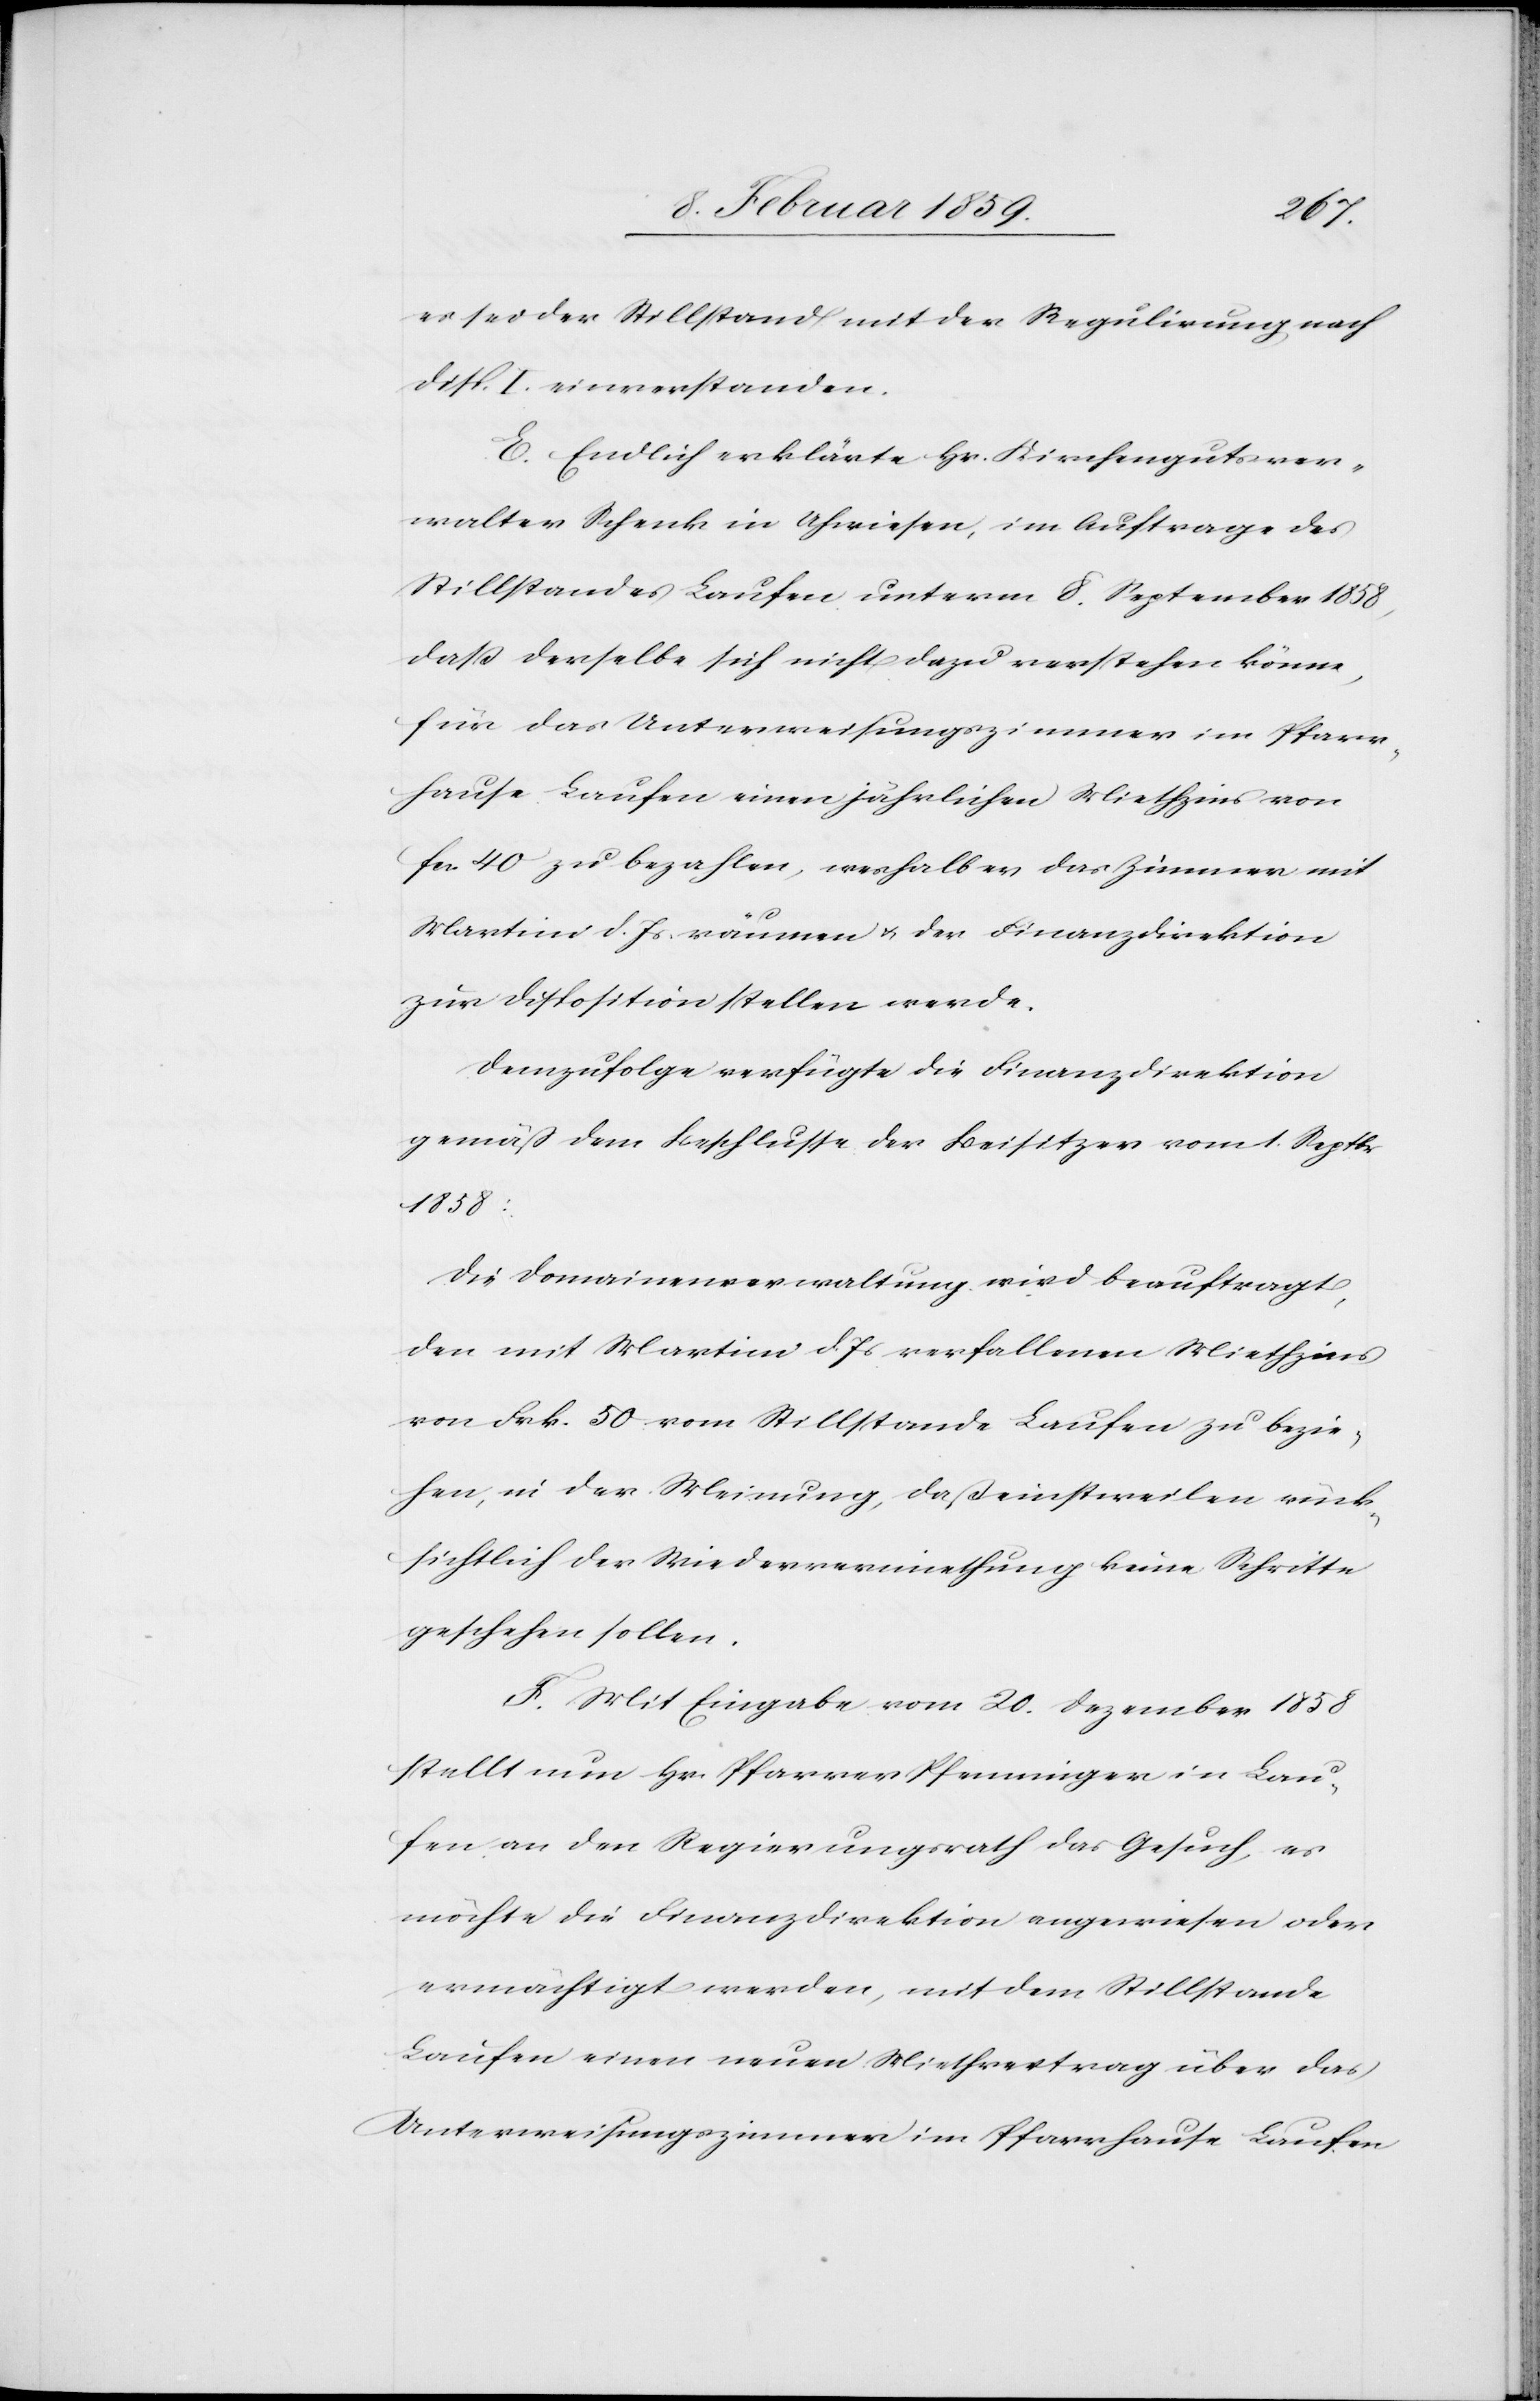
es sei der Stillstand mit der Regulirung nach
disp. I. einverstanden.
E. Endlich erklärte Hr. Kirchengutsver¬
walter Schenk in Uhwiesen, im Auftrage des
Stillstandes Laufen unterm 8. September 1858,
daß derselbe sich nicht dazu verstehen könne,
für das Unterweisungszimmer im Pfarr¬
hause Laufen einen jährlichen Miethzins von
fcs. 40 zu bezahlen, weshalb er das Zimmer mit
Martini d. Js. räumen u. der Finanzdirektion
zur Disposition stellen werde.
Demzufolge verfügte die Finanzdirektion
gemäß dem Beschlusse der Beisitzer vom 1. Septbr
1858:
Die Domainenverwaltung wird beauftragt,
den mit Martini d. Js verfallenen Miethzins
von Frk. 50. vom Stillstande Laufen zu bezie¬
hen, in der Meinung, daß einstweilen rück¬
sichtlich der Wiedervermiethung keine Schritte
geschehen sollen.
F. Mit Eingabe vom 20. Dezember 1858
stellt nun Hr. Pfarrer Pfenninger in Lau¬
fen an den Regierungsrath das Gesuch, es
möchte die Finanzdirektion angewiesen oder
ermächtigt werden, mit dem Stillstande
Laufen einen neuen Miethvertrag über das
Unterweisungszimmer im Pfarrhause Laufen